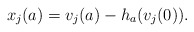
\begin{align*}x_j(a)=v_j(a)-h_{a}(v_j(0)).\end{align*}